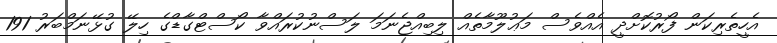
އެހީތެރިކަން ފޯރުކޮށްދީ އެއްވެސް މަޢުލޫމާތެއް ލިބިއްޖެނަމަ ލަސްނުކުރައްވާ ކޯސްޓްގާޑްގެ ހިލޭ ގުޅޭނަމްބަރު 191